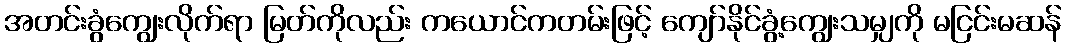
အတင်းခွံကျွေးလိုက်ရာ မြတ်ကိုလည်း ကယောင်ကတမ်းဖြင့် ကျော်နိုင်ခွံ့ကျွေးသမျှကို မငြင်းမဆန်